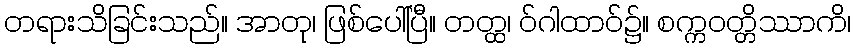
တရားသိခြင်းသည်။ အာတု၊ ဖြစ်ပေါ်ပြီ။ တတ္ထ၊ ဝ်ဂါထာဝ်၌။ စက္ကဝတ္တိဿာကိ၊